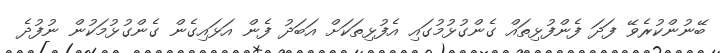
ބޭނުންކުރެވޭ ފަދަ ފެންފުޅިތައް ގެންގުޅުމުގައި އެފުޅިތަކަށް އަބަދު ފެން އަޅައިގެން ގެންގުޅުމަކުން ނުފުދެ